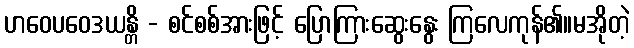
ဟဝေပဝေဒယန္တိ - စင်စစ်အားဖြင့် ပြောကြားဆွေးနွေး ကြလေကုန်၏။မအိုတဲ့